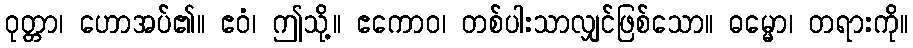
ဝုတ္တာ၊ ဟောအပ်၏။ ဧဝံ၊ ဤသို့။ ဧကောဝ၊ တစ်ပါးသာလျှင်ဖြစ်သော။ ဓမ္မော၊ တရားကို။